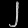
Digit: ၂